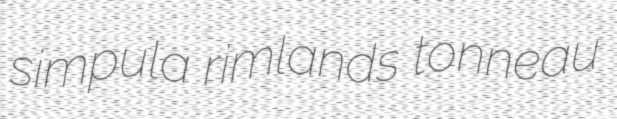
simpula rimlands tonneau